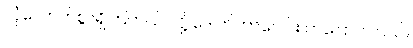
လုံလောက်စွာရှိကြတယ် လို့ ဒေါက်တာဝေါင်း ကပြောပါတယ်။